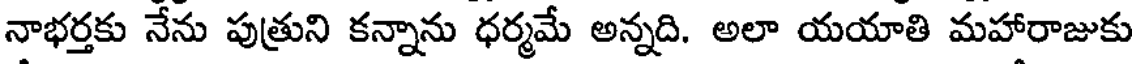
నాభర్తకు నేను పుత్రుని కన్నాను ధర్మమే అన్నది. అలా యయాతి మహారాజుకు